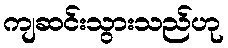
ကျဆင်းသွားသည်ဟု